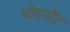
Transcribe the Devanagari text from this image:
थोइनॉट